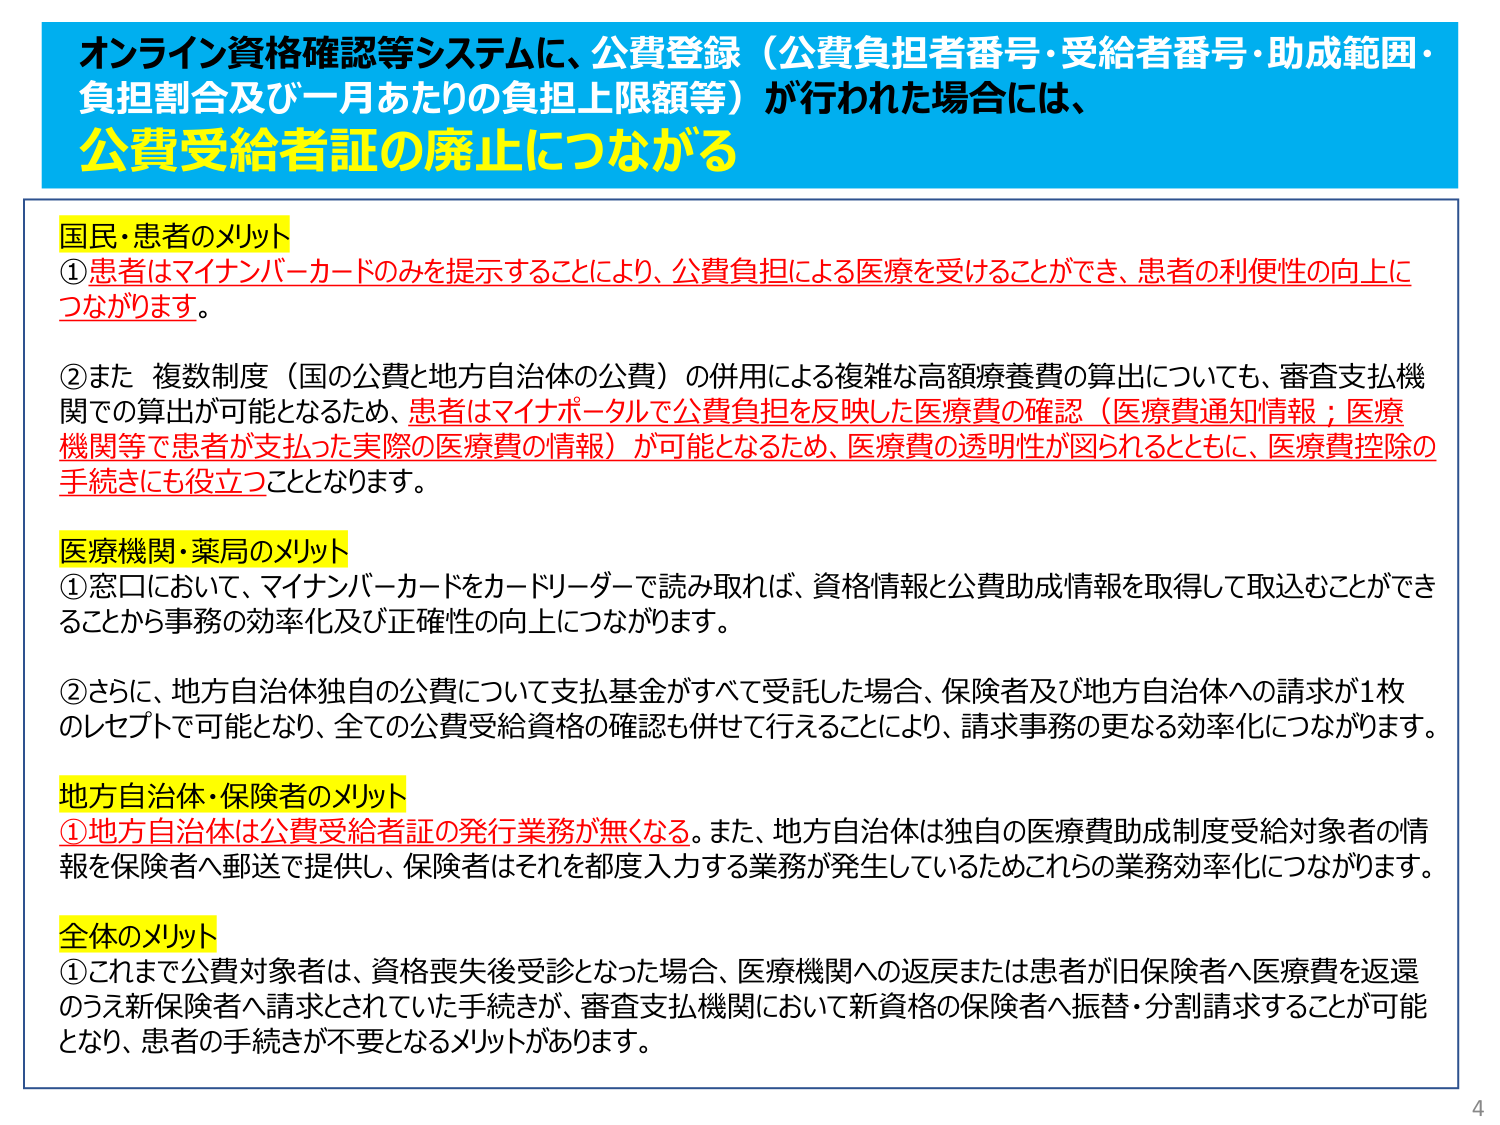
オンライン資格確認等システムに、公費登録（公費負担者番号・受給者番号・助成範囲・負担割合及び一月あたりの負担上限額等）が行われた場合には、
公費受給者証の廃止につながる

国民・患者のメリット
①患者はマイナンバーカードのみを提示することにより、公費負担による医療を受けることができ、患者の利便性の向上につながります。
②また 複数制度（国の公費と地方自治体の公費）の併用による複雑な高額療養費の算出についても、審査支払機関での算出が可能となるため、患者はマイナポータルで公費負担を反映した医療費の確認（医療費通知情報；医療機関等で患者が支払った実際の医療費の情報）が可能となるため、医療費の透明性が図られるとともに、医療費控除の手続きにも役立つこととなります。

医療機関・薬局のメリット
①窓口において、マイナンバーカードをカードリーダーで読み取れば、資格情報と公費助成情報を取得して取込むことができることから事務の効率化及び正確性の向上につながります。
②さらに、地方自治体独自の公費について支払基金がすべて受託した場合、保険者及び地方自治体への請求が1枚のレセプトで可能となり、全ての公費受給資格の確認も併せて行えることにより、請求事務の更なる効率化につながります。

地方自治体・保険者のメリット
①地方自治体は公費受給者証の発行業務が無くなる。また、地方自治体は独自の医療費助成制度受給対象者の情報を保険者へ郵送で提供し、保険者はそれを都度入力する業務が発生しているためこれらの業務効率化につながります。

全体のメリット
①これまで公費対象者は、資格喪失後受診となった場合、医療機関への返戻または患者が旧保険者へ医療費を返還のうえ新保険者へ請求されていた手続きが、審査支払機関において新資格の保険者へ振替・分割請求することが可能となり、患者の手続きが不要となるメリットがあります。

4